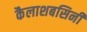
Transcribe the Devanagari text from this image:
कैलाशबसिनी